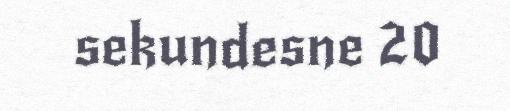
sekundesne 20